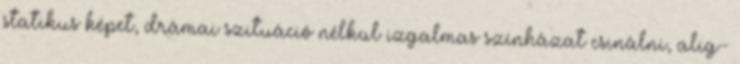
statikus képet, drámai szituáció nélkül izgalmas színházat csinálni, alig-